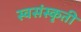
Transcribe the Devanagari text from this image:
स्वसंस्कृती